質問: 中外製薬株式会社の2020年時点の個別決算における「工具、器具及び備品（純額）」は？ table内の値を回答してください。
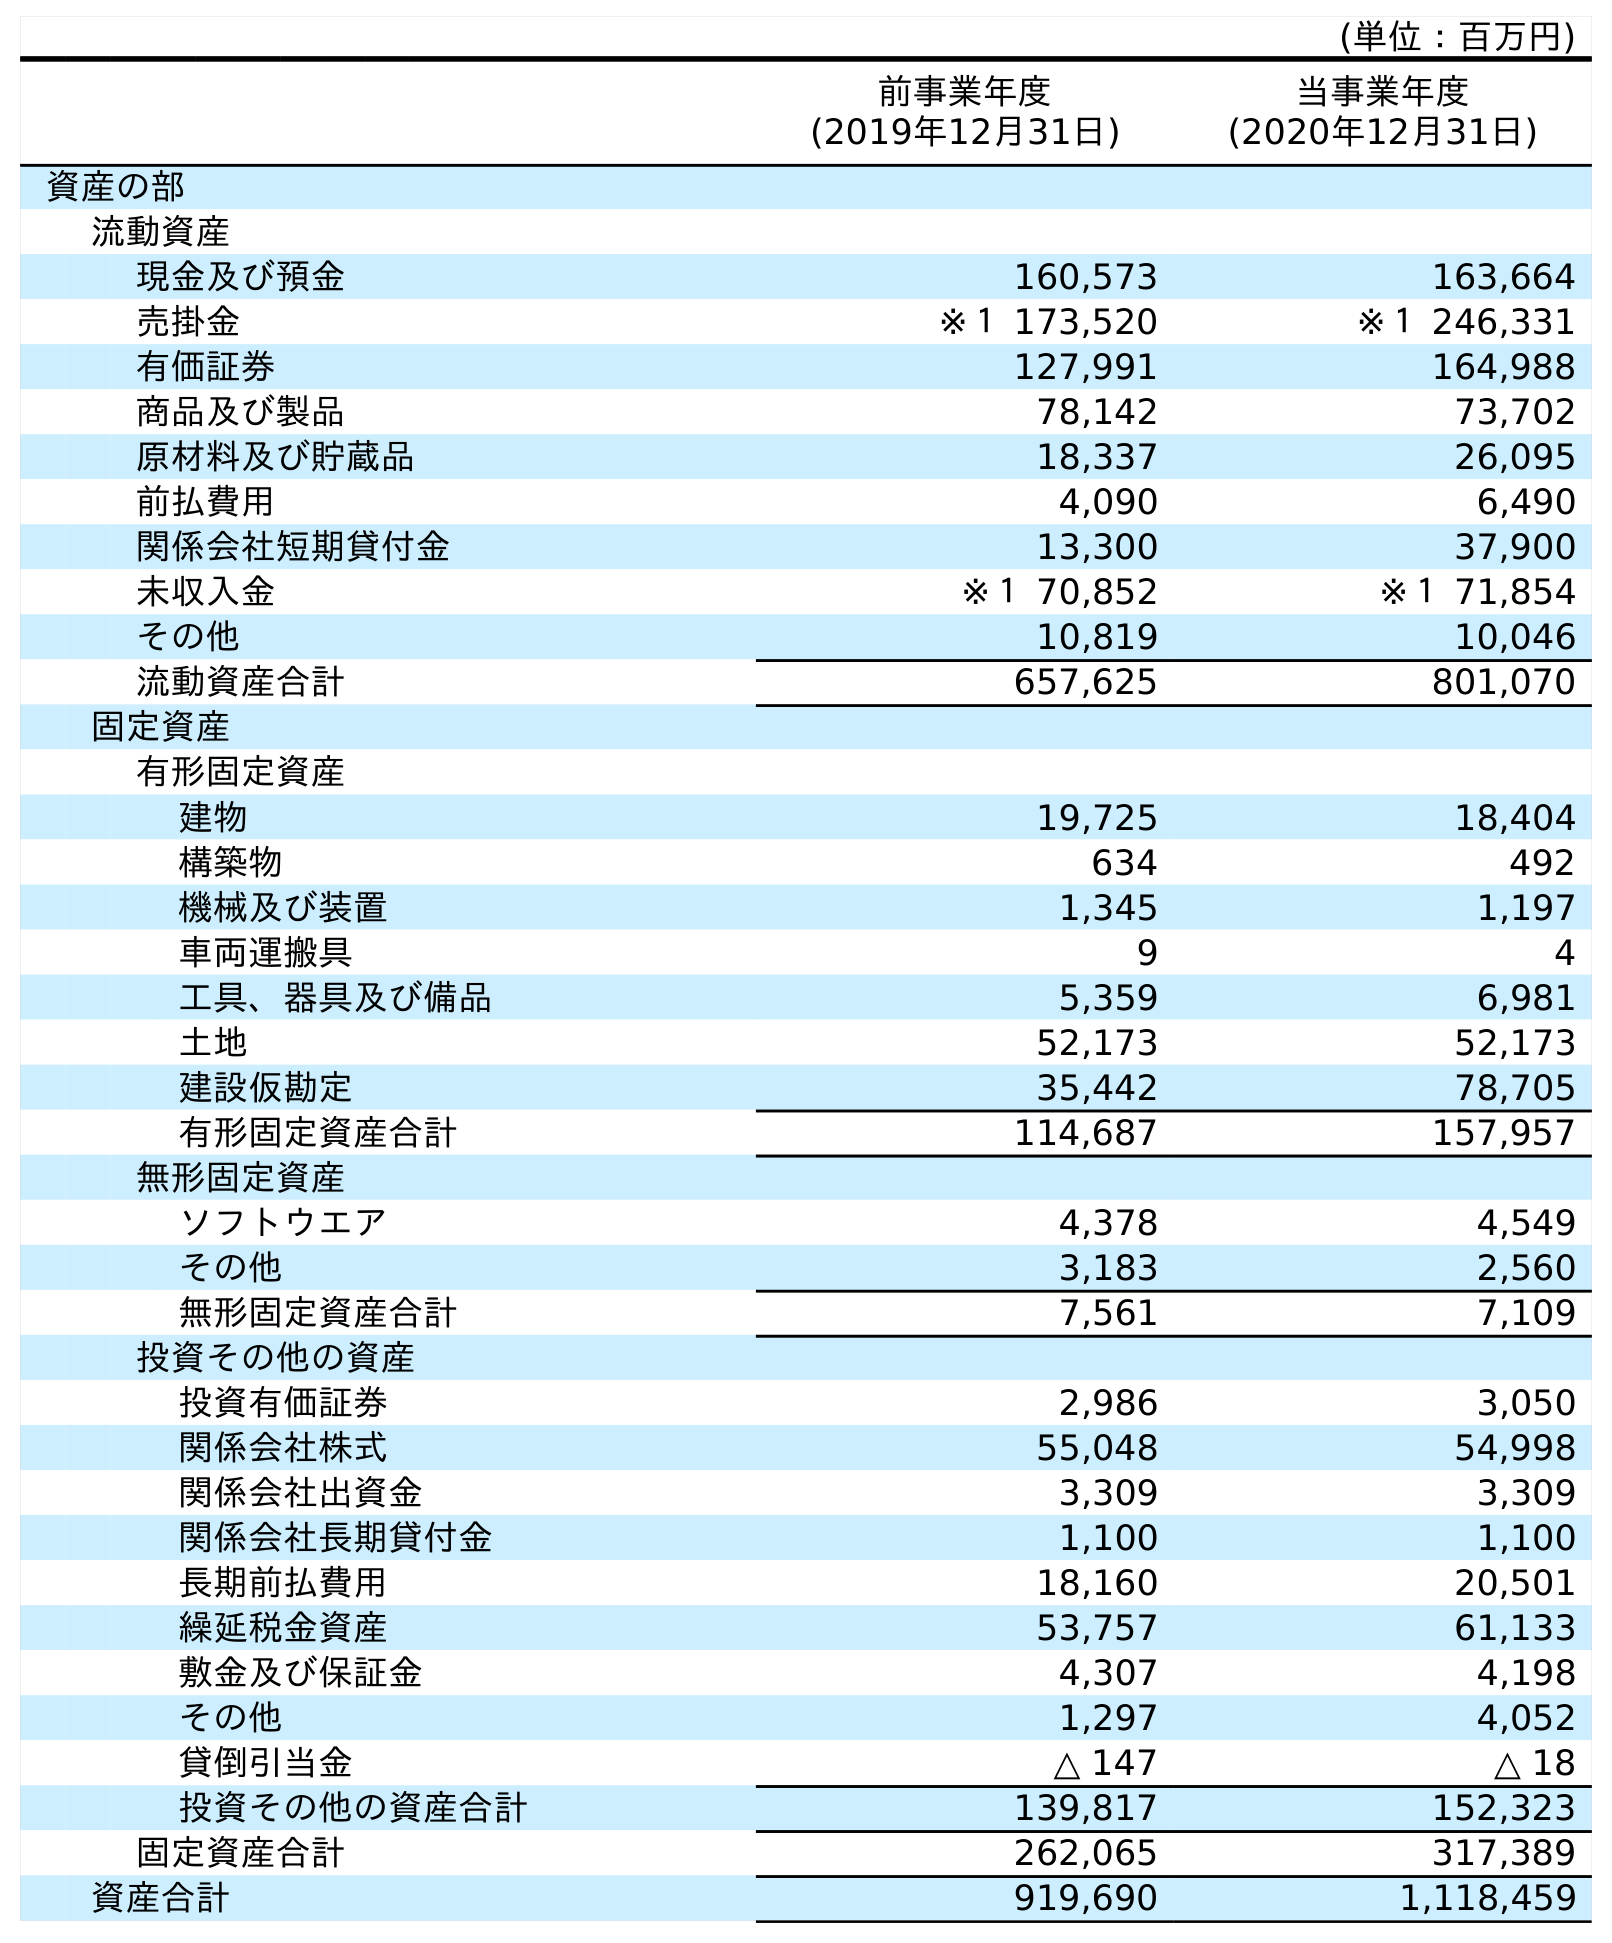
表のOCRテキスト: (単位：百万円) 前事業年度 (2019年12月31日) 当事業年度 (2020年12月31日) 資産の部 流動資産 現金及び預金 160,573 163,664 売掛金 ※１ 173,520 ※１ 246,331 有価証券 127,991 164,988 商品及び製品 78,142 73,702 原材料及び貯蔵品 18,337 26,095 前払費用 4,090 6,490 関係会社短期貸付金 13,300 37,900 未収入金 ※１ 70,852 ※１ 71,854 その他 10,819 10,046 流動資産合計 657,625 801,070 固定資産 有形固定資産 建物 19,725 18,404 構築物 634 492 機械及び装置 1,345 1,197 車両運搬具 9 4 工具、器具及び備品 5,359 6,981 土地 52,173 52,173 建設仮勘定 35,442 78,705 有形固定資産合計 114,687 157,957 無形固定資産 ソフトウエア 4,378 4,549 その他 3,183 2,560 無形固定資産合計 7,561 7,109 投資その他の資産 投資有価証券 2,986 3,050 関係会社株式 55,048 54,998 関係会社出資金 3,309 3,309 関係会社長期貸付金 1,100 1,100 長期前払費用 18,160 20,501 繰延税金資産 53,757 61,133 敷金及び保証金 4,307 4,198 その他 1,297 4,052 貸倒引当金 △ 147 △ 18 投資その他の資産合計 139,817 152,323 固定資産合計 262,065 317,389 資産合計 919,690 1,118,459
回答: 6,981